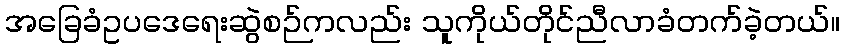
အခြေခံဥပဒေရေးဆွဲစဉ်ကလည်း သူကိုယ်တိုင်ညီလာခံတက်ခဲ့တယ်။